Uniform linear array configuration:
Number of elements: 16
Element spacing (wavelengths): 0.75
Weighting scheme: blackman
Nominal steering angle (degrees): -15
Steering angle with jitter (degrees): -14.959
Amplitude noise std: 0.05
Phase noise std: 0.05

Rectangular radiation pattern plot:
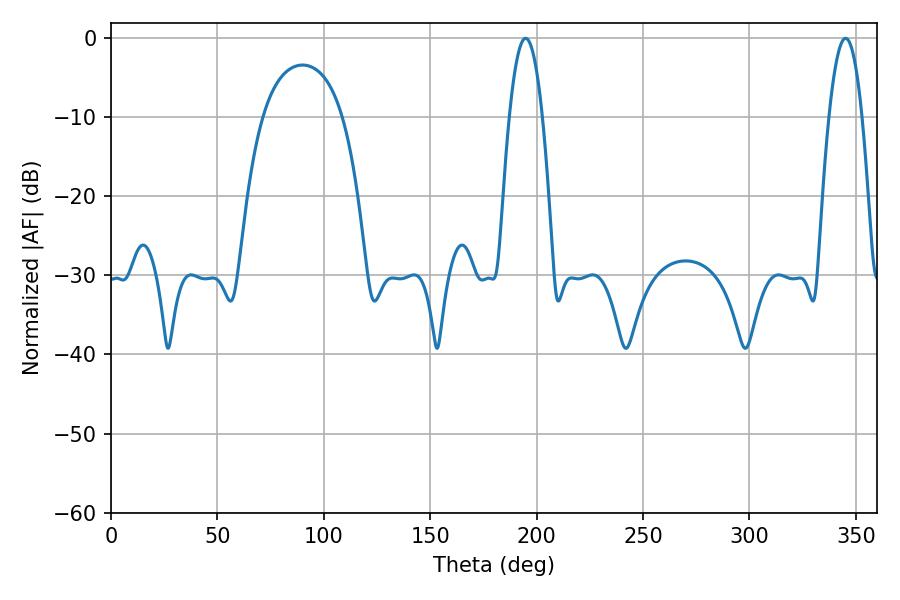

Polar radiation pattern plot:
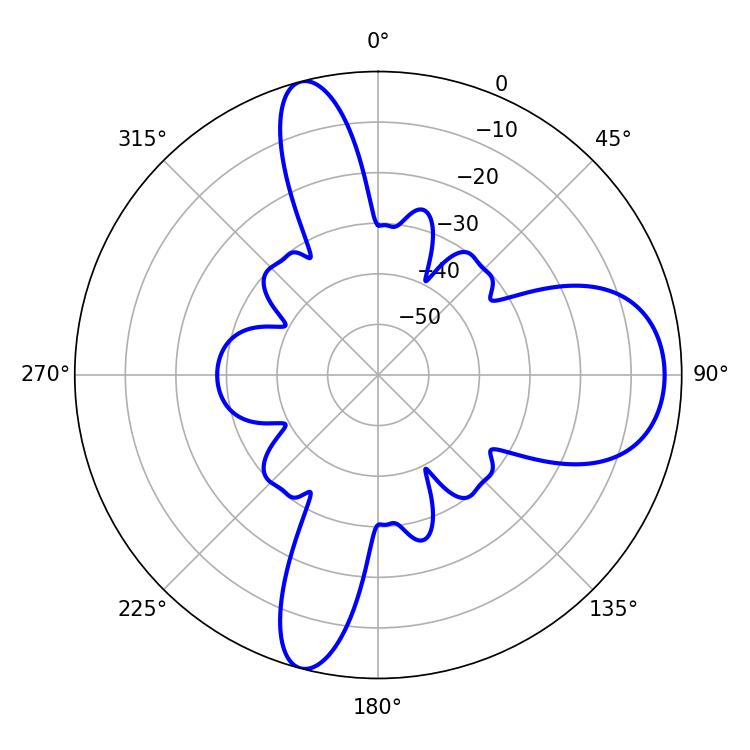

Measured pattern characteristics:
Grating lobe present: TRUE
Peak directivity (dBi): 11.766
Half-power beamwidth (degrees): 8.46
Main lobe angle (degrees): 194.76